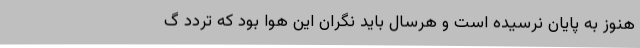
هنوز به پایان نرسیده است و هرسال باید نگران این هوا بود که تردد گ